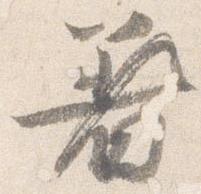
着